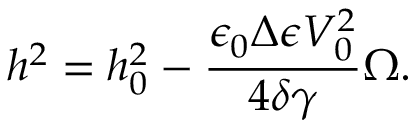
\small h ^ { 2 } = h _ { 0 } ^ { 2 } - \frac { \epsilon _ { 0 } \Delta \epsilon V _ { 0 } ^ { 2 } } { 4 \delta \gamma } \Omega .